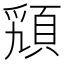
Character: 𩒟